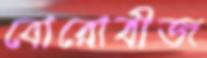
বোরোবীজ